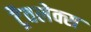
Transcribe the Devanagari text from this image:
ट्रैवलेक्स